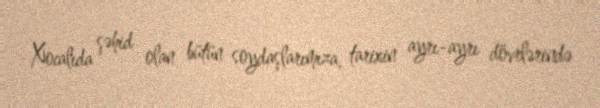
Xocalıda şəhid olan bütün soydaşlarımıza, tarixin ayrı-ayrı dövrlərində